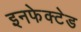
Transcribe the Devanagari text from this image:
इनफेक्टेड